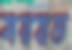
মরয়ত